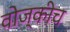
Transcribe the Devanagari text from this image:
वोज्कीच